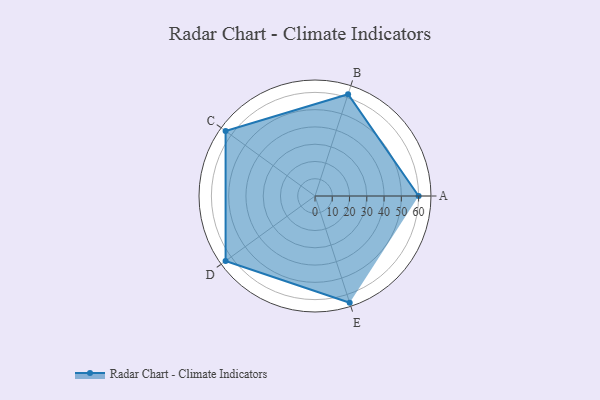
{"axis": {"x": "Skill", "y": "Score"}, "legend": ["Profile"], "data": [{"x": "A", "y": 60.0, "type": "Profile"}, {"x": "B", "y": 62.0, "type": "Profile"}, {"x": "C", "y": 64.0, "type": "Profile"}, {"x": "D", "y": 64.0, "type": "Profile"}, {"x": "E", "y": 65.0, "type": "Profile"}]}